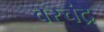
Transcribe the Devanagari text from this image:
वरचंद्र